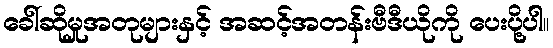
ခေါ်ဆိုမှုအတုများနှင့် အဆင့်အတန်းဗီဒီယိုကို ပေးပို့ပါ။